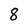
Character: 8